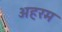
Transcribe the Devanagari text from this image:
अहरम